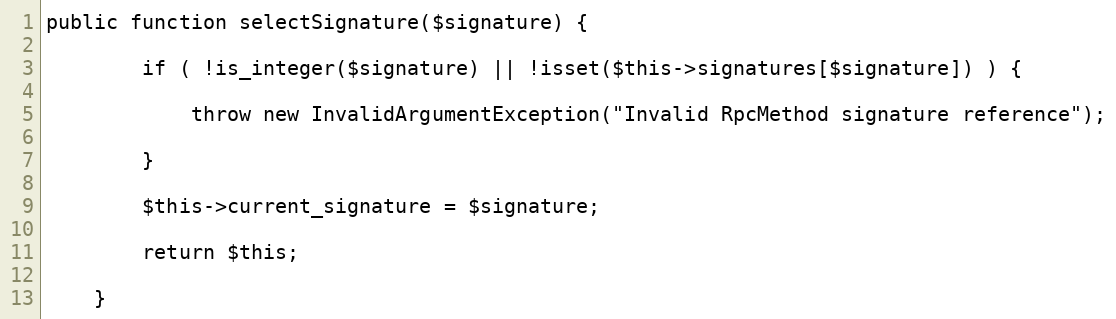
Language: PHP
public function selectSignature($signature) {

        if ( !is_integer($signature) || !isset($this->signatures[$signature]) ) {

            throw new InvalidArgumentException("Invalid RpcMethod signature reference");

        }

        $this->current_signature = $signature;

        return $this;

    }